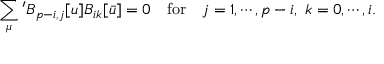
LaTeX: \sum _ { \mu } { } ^ { \prime } B _ { p - i , j } [ u ] B _ { i k } [ \bar { u } ] = 0 \quad \mathrm { f o r } \quad j = 1 , \cdots , p - i , \ k = 0 , \cdots , i .